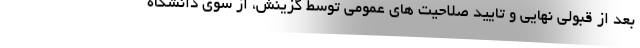
بعد از قبولی نهایی و تایید صلاحیت های عمومی توسط گزینش، از سوی دانشگاه